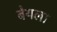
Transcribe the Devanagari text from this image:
बेयला